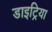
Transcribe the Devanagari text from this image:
डाइट्रिया